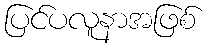
ပြင်ပလူနာအဖြစ်